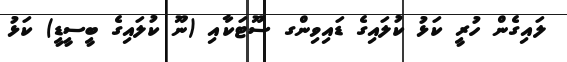
ލައިގެން ހުރީ ކަޅު ކުލައިގެ ޑައިވިންގ ސޫޓަކާއި (ނޫ ކުލައިގެ ބީސީޑީ) ކަޅު